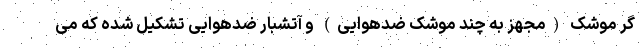
گر موشک (مجهز به چند موشک ضدهوایی) و آتشبار ضدهوایی تشکیل شده که می